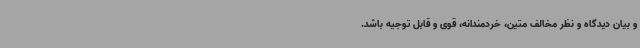
و بیان دیدگاه و نظر مخالف متین، خردمندانه، قوی و قابل توجیه باشد.